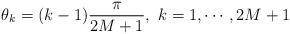
LaTeX: \begin{align*}\theta_{k}= (k-1)\frac{\pi}{2M+1}, \ k=1,\cdots, 2M+1\end{align*}